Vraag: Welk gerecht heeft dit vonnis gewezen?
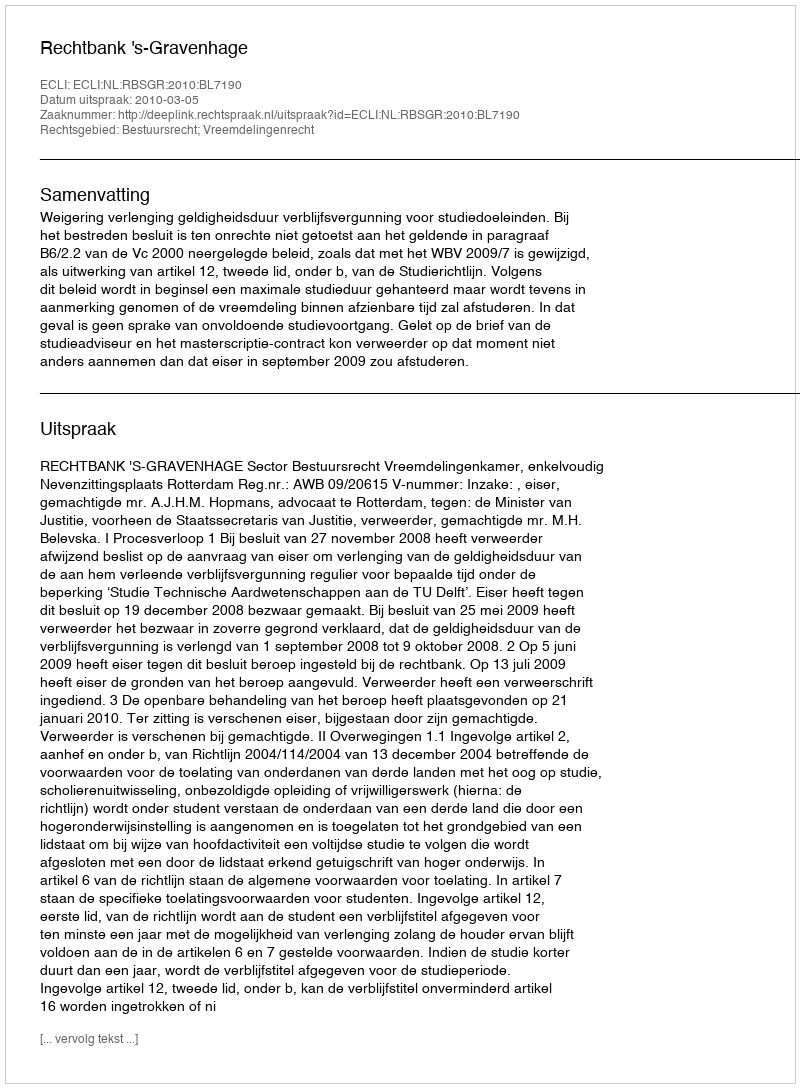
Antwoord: Rechtbank 's-Gravenhage